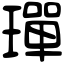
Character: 𤩧